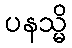
ပနသ္မိ